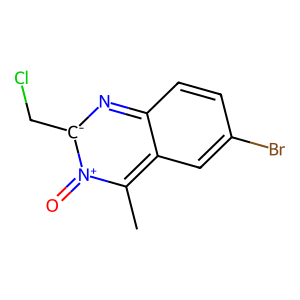
SMILES: Cc1c2cc(Br)ccc2n[c-](CCl)[n+]1=O
Inhibits HIV replication: No